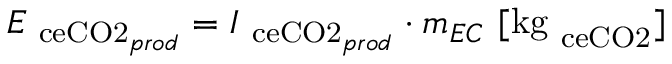
E _ { \mathrm { \ c e { C O 2 } } _ { p r o d } } = I _ { \mathrm { \ c e { C O 2 } } { _ { p r o d } } } \cdot m _ { E C } \ [ \mathrm { k g } _ { \mathrm { \ c e { C O 2 } } } ]